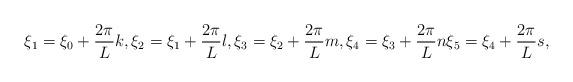
LaTeX: \begin{align*}\xi_1=\xi_0+\frac{2\pi}{L}k, \xi_2=\xi_1+\frac{2\pi}{L}l, \xi_3=\xi_2+\frac{2\pi}{L}m, \xi_4=\xi_3+\frac{2\pi}{L}n \xi_5=\xi_4+\frac{2\pi}{L}s,\end{align*}